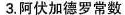
3.阿伏加德罗常数